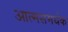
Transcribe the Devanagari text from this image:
आत्मसमर्थक